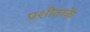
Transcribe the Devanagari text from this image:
प्रशीताकें